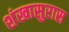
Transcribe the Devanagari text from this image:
शंखासुरास